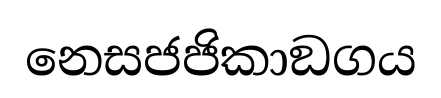
නෙසජජිකාඞගය